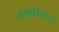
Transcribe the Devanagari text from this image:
माइक्रोवाइटा